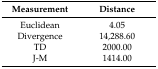
<table><thead><tr><td><b>Measurement</b></td><td><b>Distance</b></td></tr></thead><tbody><tr><td>Euclidean</td><td>4.05</td></tr><tr><td>Divergence</td><td>14,288.60</td></tr><tr><td>TD</td><td>2000.00</td></tr><tr><td>J-M</td><td>1414.00</td></tr></tbody></table>